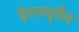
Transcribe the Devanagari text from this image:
इंटरन्युरौन